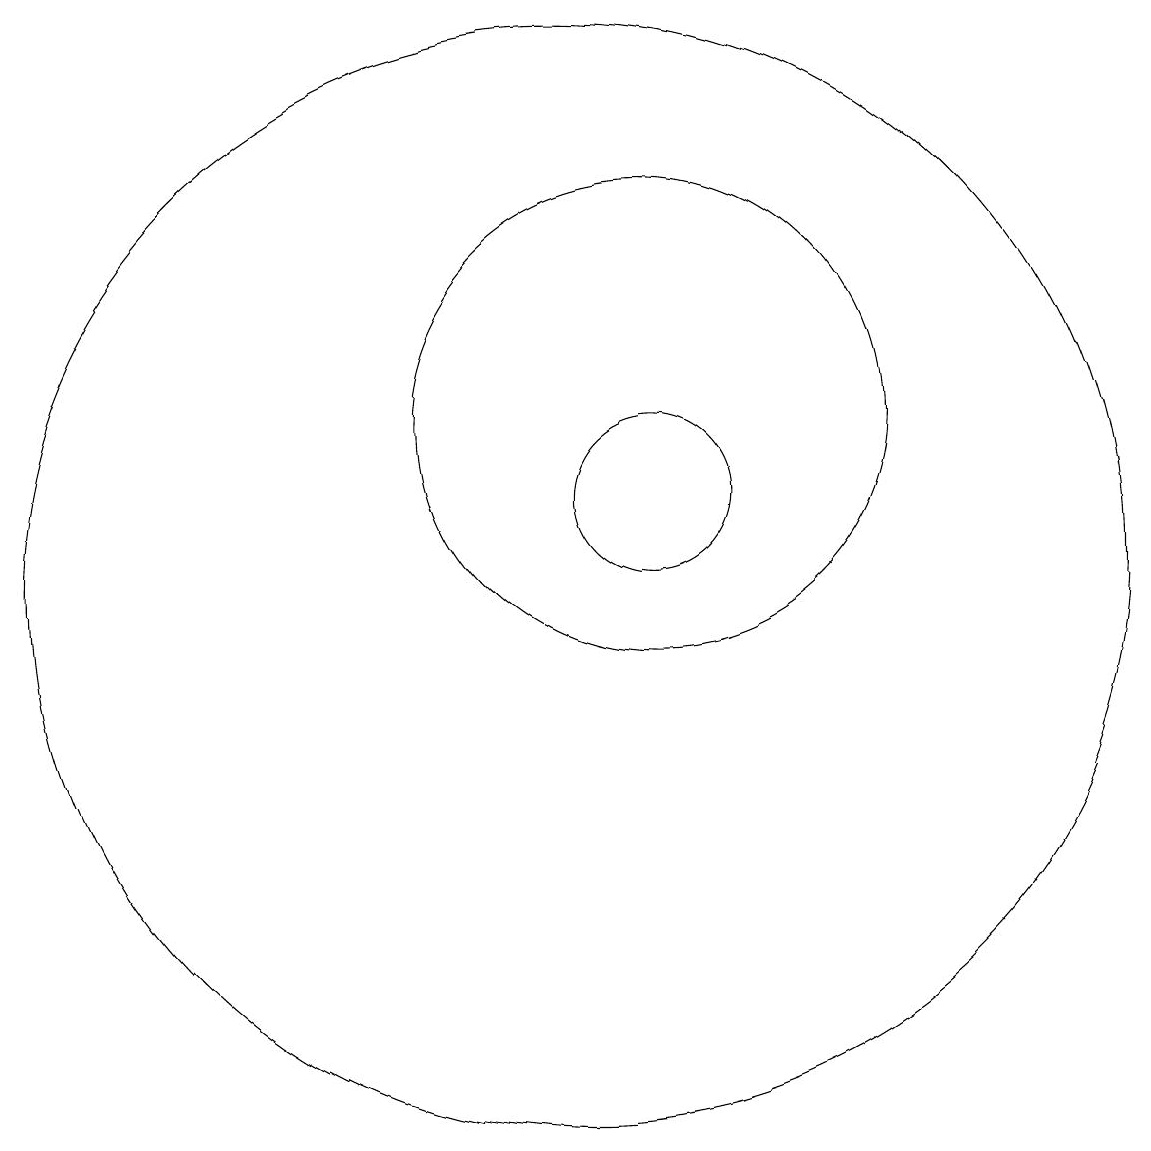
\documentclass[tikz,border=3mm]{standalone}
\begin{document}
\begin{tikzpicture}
\draw (10,10) circle (7);
\draw (11,12) circle (3);
\draw (11,11) circle (1);
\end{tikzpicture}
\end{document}